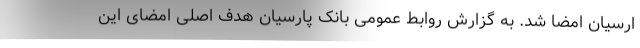
ارسیان امضا شد. به گزارش روابط عمومی بانک پارسیان هدف اصلی امضای این